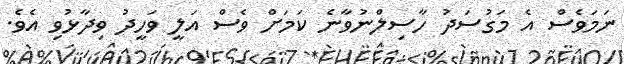
ނަމަވެސް އެ މަގުސަދު ހާސިލްނުވާނެ ކަމަށް ވެސް އަލީ ވަހީދު ވިދާޅުވި އެވެ.